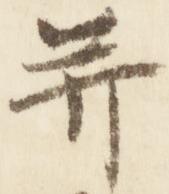
并